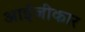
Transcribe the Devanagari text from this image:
आईजीकार